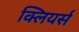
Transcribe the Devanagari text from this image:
क्लियर्स